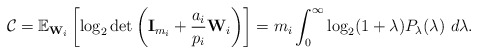
\begin{align*}\mathcal{C}=\mathbb{E}_{\mathbf{W}_i}\left[\log_2 \det\left(\mathbf{I}_{m_i}+\frac{a_i}{p_i}\mathbf{W}_i \right)\right]=m_i\int_0^\infty \log_2(1+\lambda)P_\lambda(\lambda)\ d\lambda.\end{align*}